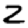
Digit: 2